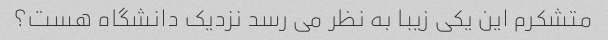
متشکرم این یکی زیبا به نظر می رسد نزدیک دانشگاه هست؟